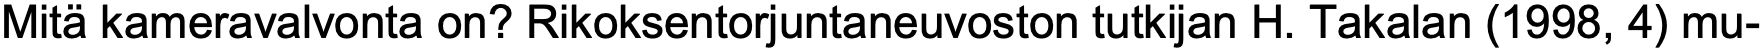
Mitä kameravalvonta on? Rikoksentorjuntaneuvoston tutkijan H. Takalan (1998, 4) mu-